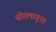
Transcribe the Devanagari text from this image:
सोरलागूना